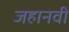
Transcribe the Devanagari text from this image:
जहानवी